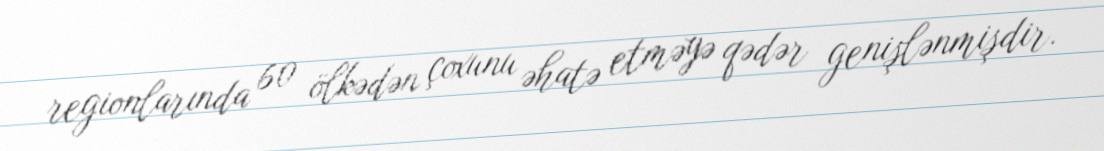
regionlarında 60 ölkədən çoxunu əhatə etməyə qədər genişlənmişdir.